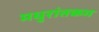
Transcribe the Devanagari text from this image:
मधुरांतकम